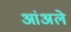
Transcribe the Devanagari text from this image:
आंअले